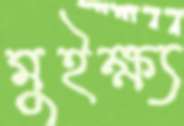
মুইক্ষ্য